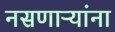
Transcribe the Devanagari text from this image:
नसणाऱ्यांना